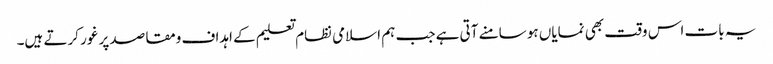
یہ بات اس وقت بھی نمایاں ہو سامنے آتی ہے جب ہم اسلامی نظام تعلیم کے اہداف ومقاصد پر غور کرتے ہیں۔